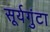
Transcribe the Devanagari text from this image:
सूर्यगुंटा